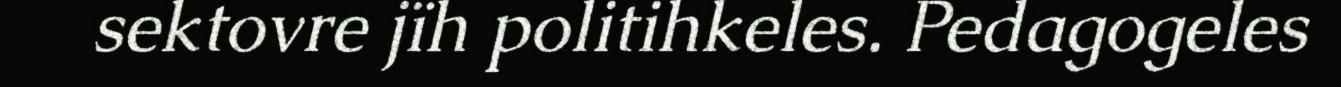
sektovre jïh politihkeles. Pedagogeles